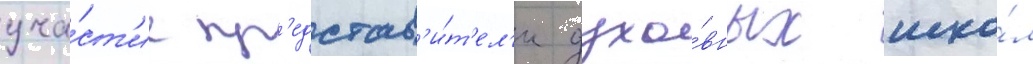
уча́ст'ие пр'едстав'и́т'ел'и духо́вных шко́л